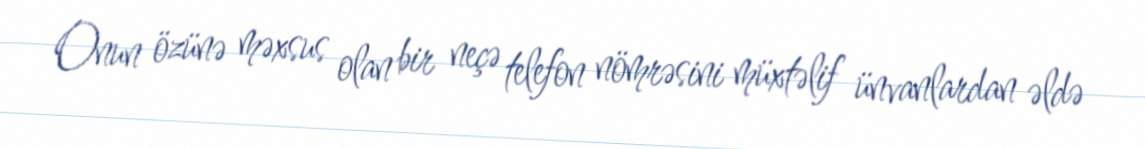
Onun özünə məxsus olan bir neçə telefon nömrəsini müxtəlif ünvanlardan əldə